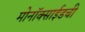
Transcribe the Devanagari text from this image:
मोनॉक्साईडची